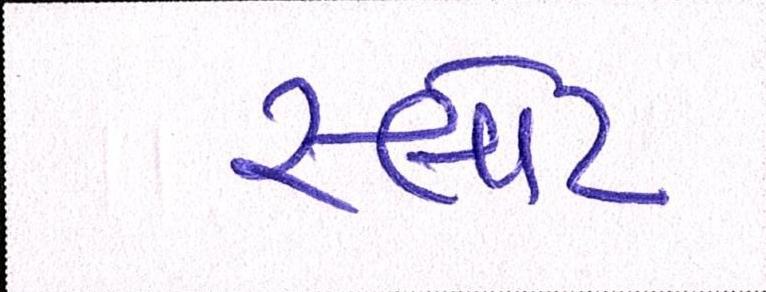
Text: સ્લોટ